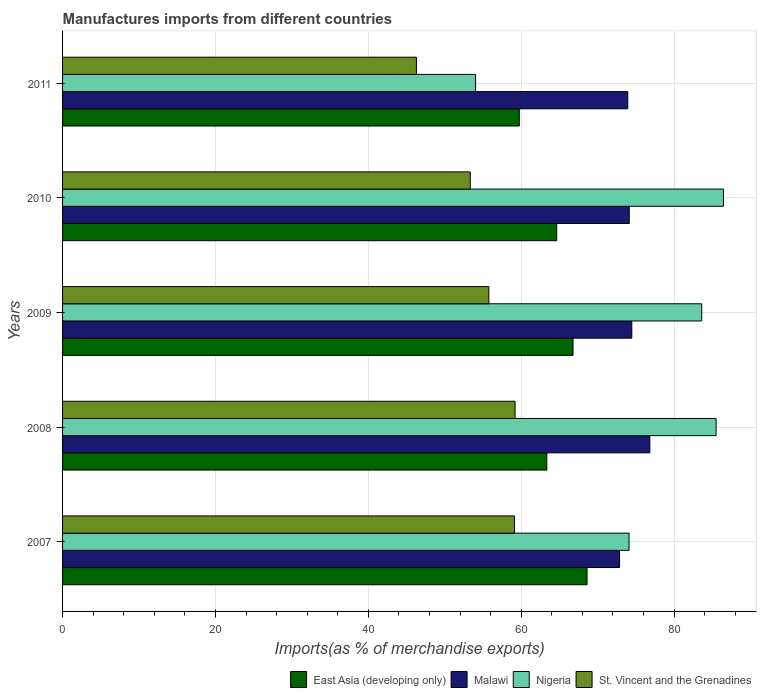
| Years | East Asia (developing only) | Malawi | Nigeria | St. Vincent and the Grenadines |
 | --- | --- | --- | --- | --- |
 | 2007 | 68.6 | 72.9 | 74.1 | 59.1 |
 | 2008 | 63.3 | 76.8 | 85.5 | 59.2 |
 | 2009 | 66.8 | 74.5 | 83.6 | 55.8 |
 | 2010 | 64.6 | 74.1 | 86.4 | 53.3 |
 | 2011 | 59.7 | 73.9 | 54 | 46.3 |